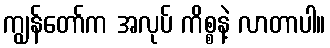
ကျွန်တော်က အလုပ် ကိစ္စနဲ့ လာတာပါ။